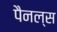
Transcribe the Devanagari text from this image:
पैनल्स